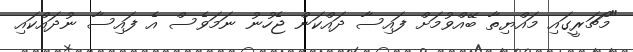
"މޯޗަރީގައި މައްޔިތާ ބޭއްވުމަށް ފައިސާ ދައްކަން ޖެހުނު ނަމަވެސް އެ ފައިސާ ނުދައްކައި